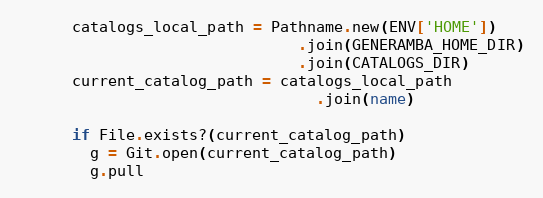
Language: Ruby
      catalogs_local_path = Pathname.new(ENV['HOME'])
                               .join(GENERAMBA_HOME_DIR)
                               .join(CATALOGS_DIR)
      current_catalog_path = catalogs_local_path
                                 .join(name)

      if File.exists?(current_catalog_path)
        g = Git.open(current_catalog_path)
        g.pull